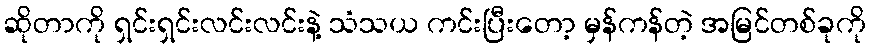
ဆိုတာကို ရှင်းရှင်းလင်းလင်းနဲ့ သံသယ ကင်းပြီးတော့ မှန်ကန်တဲ့ အမြင်တစ်ခုကို